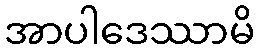
အာပါဒေဿာမိ